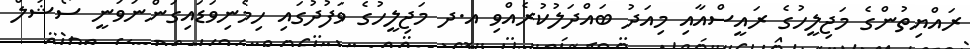
ރައްޔިތުންގެ މަޖިލީހުގެ ރައީސްއާއި މިއަދު ބައްދަލުކުރެއްވި އ.ދ މަޖިލީހުގެ ވަފުދުގައި ހިމެނިވަޑައިގަންނަވަނީ ސޯޝަލް